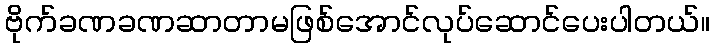
ဗိုက်ခဏခဏဆာတာမဖြစ်အောင်လုပ်ဆောင်ပေးပါတယ်။